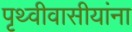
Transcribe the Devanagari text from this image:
पृथ्वीवासीयांना